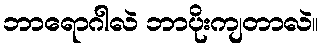
ဘာရောဂါလဲ ဘာပိုးကျတာလဲ။